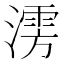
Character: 𰝃